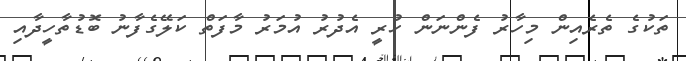
ތަކުގެ ތެރެއިން މިހާރު ފެންނަން ހުރީ އެދުރު އުމަރު މާފަތް ކަލޭގެފާނު ބޮޑުތާހީދާއި